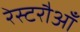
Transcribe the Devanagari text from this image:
रेस्टरौआँ